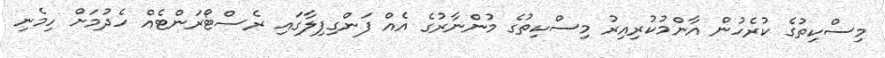
މިސްކިތުގެ ކުރެހުން އާންމުކުރިއިރު މިސްކިތުގެ މުންނާރުގެ އެއް ފަންގިފިލާގައި ރެސްޓޯރަންޓެއް ހެދުމަށް ހިމެނި